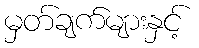
မှတ်ချက်များနှင့်